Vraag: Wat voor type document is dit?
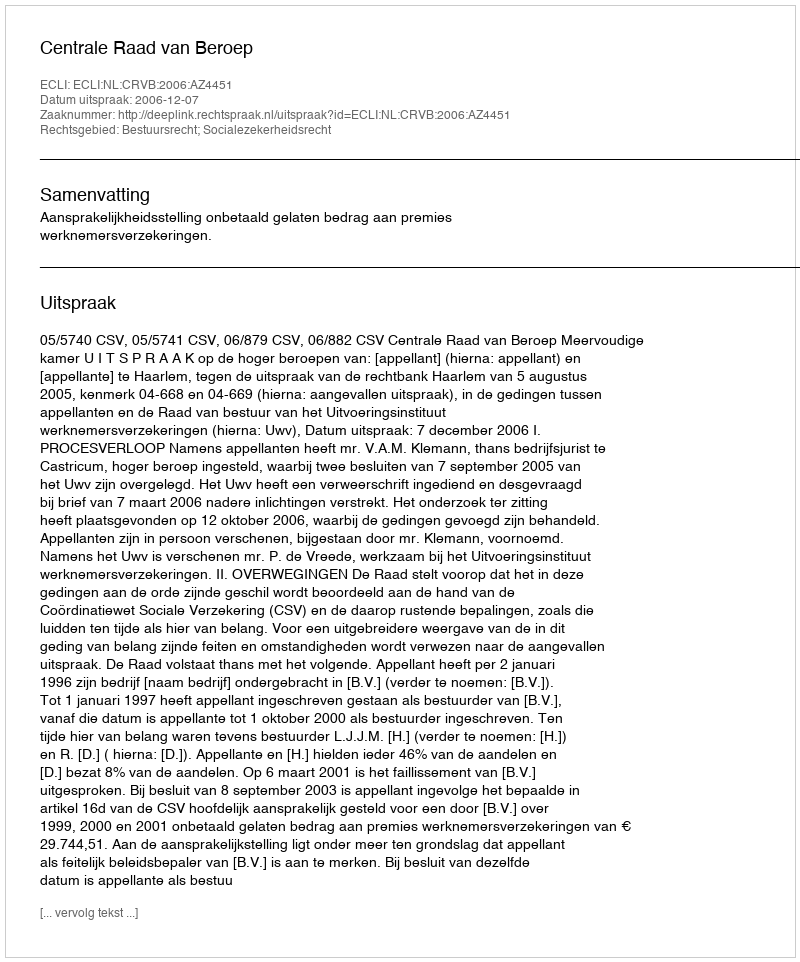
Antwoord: Uitspraak